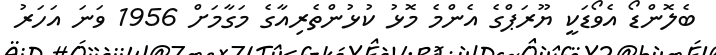
ބެލޮންޑޯ އެވޯޑަކީ ޔޫރަޕްގެ އެންމެ މޮޅު ކުޅުންތެރިއާގެ މަގާމަށް 1956 ވަނަ އަހަރު